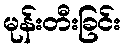
မုန်းတီးခြင်း